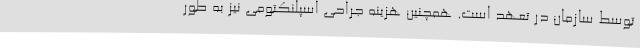
توسط سازمان در تعهد است. همچنین هزینه جراحی اسپلنکتومی نیز به طور